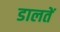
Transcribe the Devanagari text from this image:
डालतें